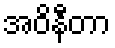
အဝိနီတာ